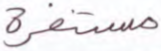
مستنفرة